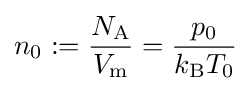
n_{0}:={\frac {N_{\mathrm {A} }}{V_{\text{m}}}}={\frac {p_{0}}{k_{\text{B}}T_{0}}}